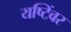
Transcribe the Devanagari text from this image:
यष्टिंवर